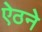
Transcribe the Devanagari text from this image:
ऐठने